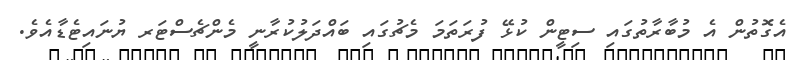
އެގޮތުން އެ މުބާރާތުގައި ސިޓީން ކުޅޭ ފުރަތަމަ މެޗުގައި ބައްދަލުކުރާނީ މެންޗެސްޓަރ ޔުނައިޓެޑާއެވެ.